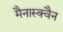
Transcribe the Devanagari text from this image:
मैनास्क्वैन